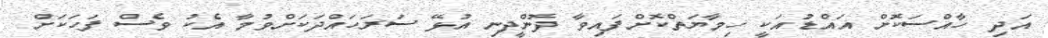
އަދި ހާއްސަކޮށް އައްޑުއަކީ ހިމާޔަތްކޮށްފައިވާ ދޮންދީނި އުޅޭ ސަރަހައްދަކަށްވުމާ އެކު ވެސް ފަހަކަށް